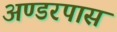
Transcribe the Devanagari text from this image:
अण्डरपास